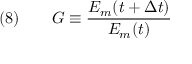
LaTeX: \quad ( 8 ) \qquad G \equiv { \frac { E _ { m } ( t + \Delta t ) } { E _ { m } ( t ) } }